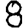
Digit: 8